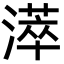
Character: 㵏